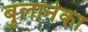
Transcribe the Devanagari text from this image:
बुलानेका